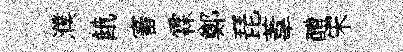
濮餓審霖鄭琵葦醴宋